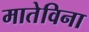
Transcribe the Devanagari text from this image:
मातेविना